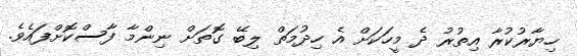
ހިޔާރުކުރާ އިތުރު ދެ މީހަކަށް އެ ހިދުމަތް ލިބޭ ގޮތަަށް ނިންމާ ފާސްކޮށްފައެވެ.